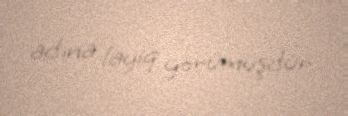
adına layiq görümüşdür.